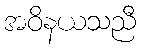
အဝိနယသညီ